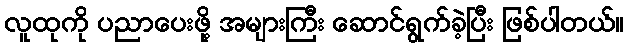
လူထုကို ပညာပေးဖို့ အများကြီး ဆောင်ရွက်ခဲ့ပြီး ဖြစ်ပါတယ်။